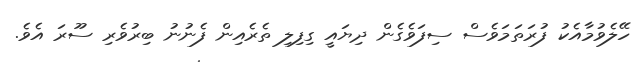
ހޭލެވުމާއެކު ފުރަތަމަވެސް ސިފަވެގެން ދިޔައީ ގިފިލި ތެރެއިން ފެނުނު ބިރުވެރި ސޫރަ އެވެ.